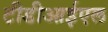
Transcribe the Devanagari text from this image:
टीडीआईएल